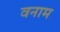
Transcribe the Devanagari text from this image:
वनाम